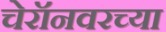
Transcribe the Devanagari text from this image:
चेरॉनवरच्या